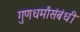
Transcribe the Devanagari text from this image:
गुणधर्मांसंबंधी